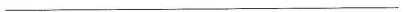
_________________________________